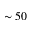
\sim 5 0